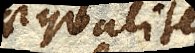
aequaliter